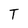
Character: T